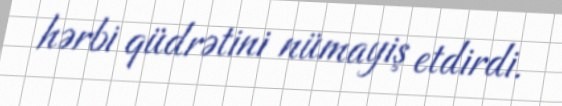
hərbi qüdrətini nümayiş etdirdi.